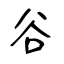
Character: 谷